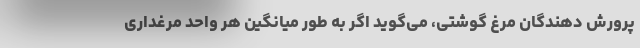
پرورش دهندگان مرغ گوشتی، می‌گوید اگر به طور میانگین هر واحد مرغداری